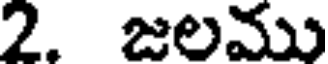
2. జలము